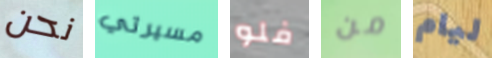
نحن مسيرتي فلو من ليام